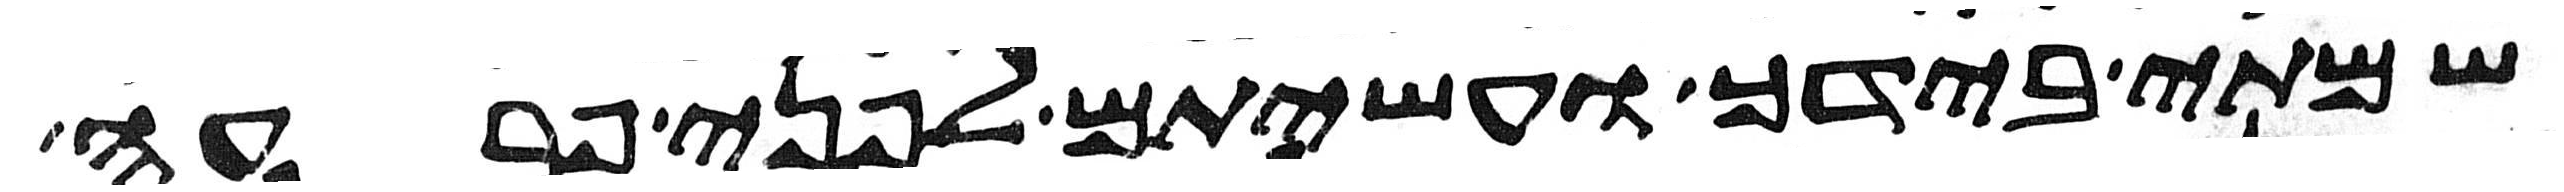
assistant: שמתי בידך ועשיתם לפני פרעה